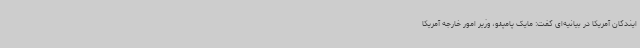
ایندگان آمریکا در بیانیه‌ای گفت: مایک پامپئو، وزیر امور خارجه آمریکا